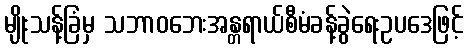
မျိုးသန့်ခြံမှ သဘာဝဘေးအန္တရာယ်စီမံခန့်ခွဲရေးဥပဒေဖြင့်